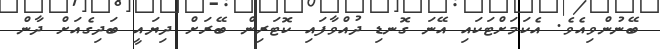
ބޭނުންވިއެވެ. އެކަމަށްޓަކައި އޭނަ ގޮނޑި ދުއްވާފައި ކޮޓަރިން ބޭރަށް ދިޔައީ ބަދިގެއަށް ދާން